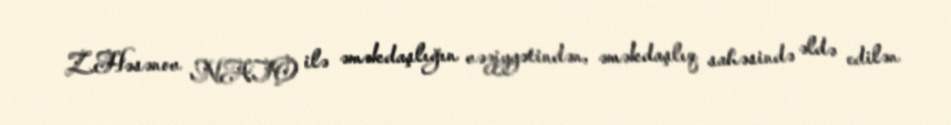
Z.Həsənov NATO ilə əməkdaşlığın vəziyyətindən, əməkdaşlıq sahəsində əldə edilən